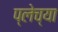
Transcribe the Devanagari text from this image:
प्लेच्या